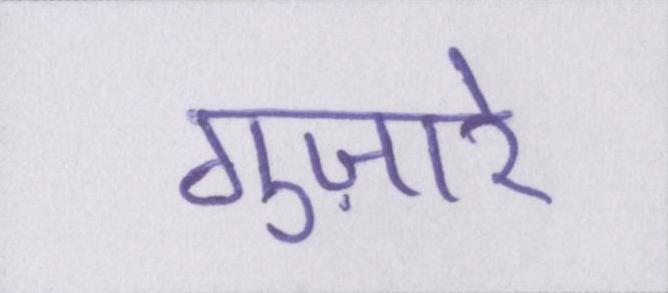
गुज़ारे